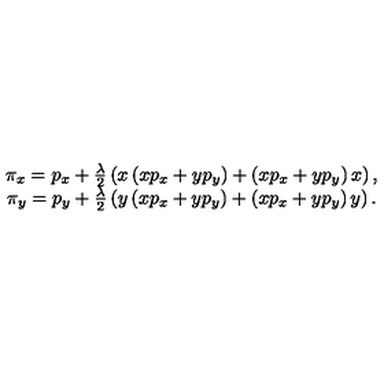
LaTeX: \begin{array} { c } { \pi _ { x } = p _ { x } + \frac { \lambda } { 2 } \left( x \left( x p _ { x } + y p _ { y } \right) + \left( x p _ { x } + y p _ { y } \right) x \right) , } \\ { \pi _ { y } = p _ { y } + \frac { \lambda } { 2 } \left( y \left( x p _ { x } + y p _ { y } \right) + \left( x p _ { x } + y p _ { y } \right) y \right) . } \\ \end{array}